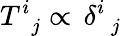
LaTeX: T_{\, \, \, j}^{i}\propto\, \delta_{\, \, \, j}^{i}